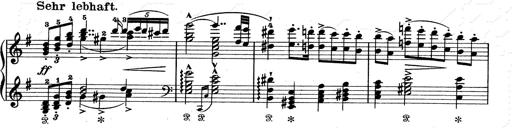
Title: Aus Lohengrin
Composer: Franz Liszt